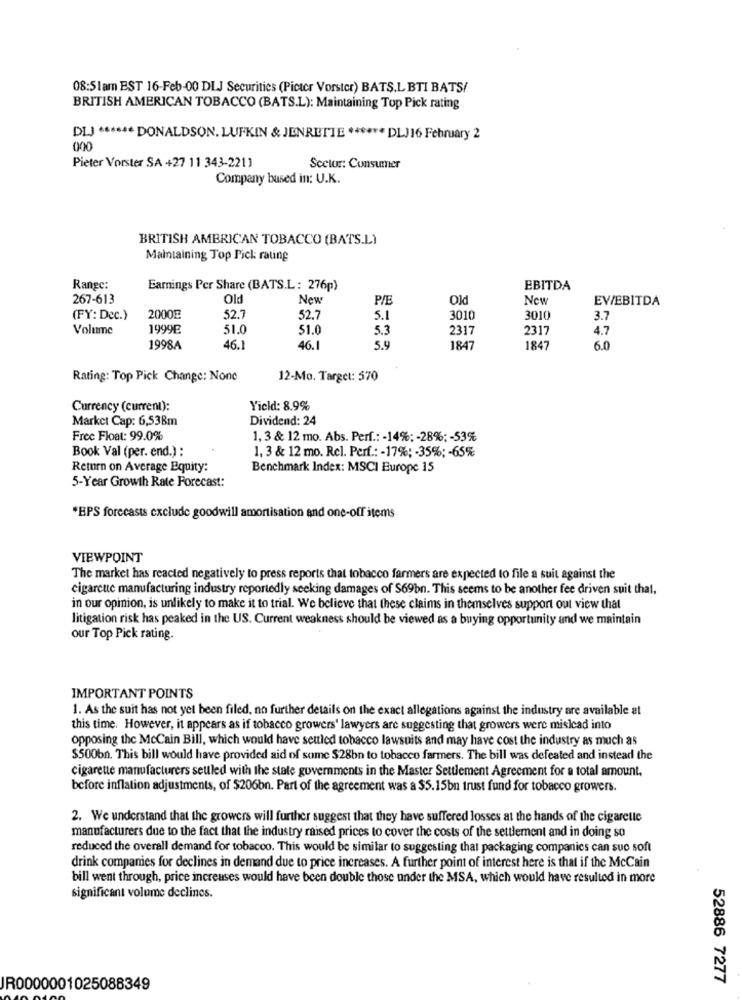
08:51am EST 16-Feb-00 DLJ Securities (Pictcr Vorster) BATS.L BTI BATS/
BRITISH AMERICAN TOBACCO (BATS.L): Maintaining Top Pick rating
DIJ ****** DONALDSON. LUFKIN & JENRETTE ****** DL)16 February 2
000
Pieter Vorster SA +27 11 343-2211
Sector: Consumer
Company based in: U.K.
BRITISH AMERICAN TOBACCO (BATS.L)
Maintaining Top Pick rating
Range:
Earnings Per Share (BATS.L: 276p)
EBITDA
267-613
Old
New
P/E
Old
New
EV/EBITDA
(FY: Dec.)
2000E
52.7
52.7
5.1
3010
3010
3.7
Volume
1999E
51.0
51.0
5.3
2317
2317
4.7
1998A
46.1
46.
5.9
1847
1847
6.0
Rating: Top Pick Change: None
12-Mo. Target: 570
Currency (current):
Yield: 8.9%
Market Cap: 6,538m
Dividend: 24
Free Float: 99.0%
1, 3 & 12 mo. Abs. Perf .: - 14%; - 28%; - 53%
Book Val (per. end.) :
1, 3 & 12 mo. Rel. Perf .: - 17%; - 35%; - 65%
Return on Average Equity:
Benchmark Index: MSCI Europe 15
5-Year Growth Rate Forecast:
*BPS forecasts exclude goodwill amortisation and one-off items
VIEWPOINT
The market has reacted negatively to press reports that tobacco farmers are expected to file a suit against the
cigarette manufacturing industry reportedly seeking damages of $69bn. This seems to be another fee driven suit that,
in our opinion, is unlikely to make it to trial. We believe that these claims in themselves support out view that
litigation risk has peaked in the US. Current weakness should be viewed as a buying opportunity and we maintain
our Top Pick rating.
IMPORTANT POINTS
1. As the suit has not yet been filed, no further details on the exact allegations against the industry are available at
this time. However, it appears as if tobacco growers' lawyers are suggesting that growers were mislead into
opposing the McCain Bill, which would have settled tobacco lawsuits and may have cost the industry as much as
$500bn. This bill would have provided aid of some $28bn to tobacco farmers. The bill was defeated and instead the
cigarette manufacturers settled with the state governments in the Master Settlement Agreement for a total amount.
before inflation adjustments, of $206bn. Part of the agreement was a $5.15bn trust fund for tobacco growers.
2. We understand that the growers will further suggest that they have suffered losses at the hands of the cigarette
manufacturers due to the fact that the industry raised prices to cover the costs of the settlement and in doing so
reduced the overall demand for tobacco. This would be similar to suggesting that packaging companies can sue soft
drink companies for declines in demand due to price increases. A further point of interest here is that if the McCain
bill went through, price increuses would have been double those under the MSA, which would have resulted in more
significant volume declines.
52886 7277
JR0000001025088349